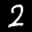
Label: 2